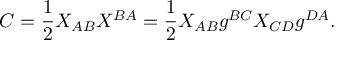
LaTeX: C = { \frac { 1 } { 2 } } X _ { A B } X ^ { B A } = { \frac { 1 } { 2 } } X _ { A B } g ^ { B C } X _ { C D } g ^ { D A } .